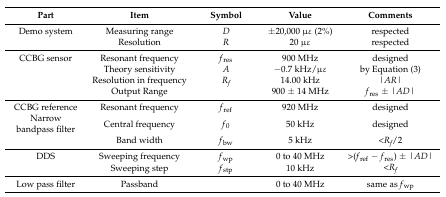
| Part | Item | Symbol | Value | Comments |
 | --- | --- | --- | --- | --- |
 | Demo system | Measuring range | D | ±20,000 με (2%) | respected |
 |  | Resolution | R | 20 με | respected |
 | CCBG sensor | Resonant frequency | fres | 900 MHz | designed |
 |  | Theory sensitivity | A | −0.7 kHz/με | by Equation (3) |
 |  | Resolution in frequency | Rf | 14.00 kHz | |AR| |
 |  | Output Range |  | 900 ± 14 MHz | fres ± |AD| |
 | CCBG reference | Resonant frequency | fref | 920 MHz | designed |
 | Narrow bandpass filter | Central frequency | f0 | 50 kHz | designed |
 |  | Band width | fbw | 5 kHz | <Rf/2 |
 | DDS | Sweeping frequency | fwp | 0 to 40 MHz | >(fref − fres) ± |AD| |
 |  | Sweeping step | fstp | 10 kHz | <Rf |
 | Low pass filter | Passband |  | 0 to 40 MHz | same as fwp |